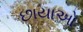
છાયાઓ